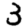
Digit: 3